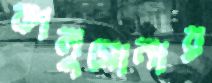
কালুসোনার